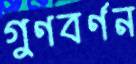
গুণবর্ণন